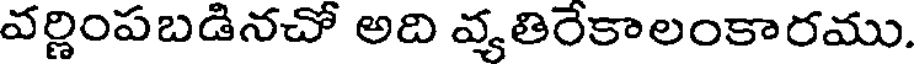
వర్ణింపబడినచో అది వ్యతిరేకాలంకారము.